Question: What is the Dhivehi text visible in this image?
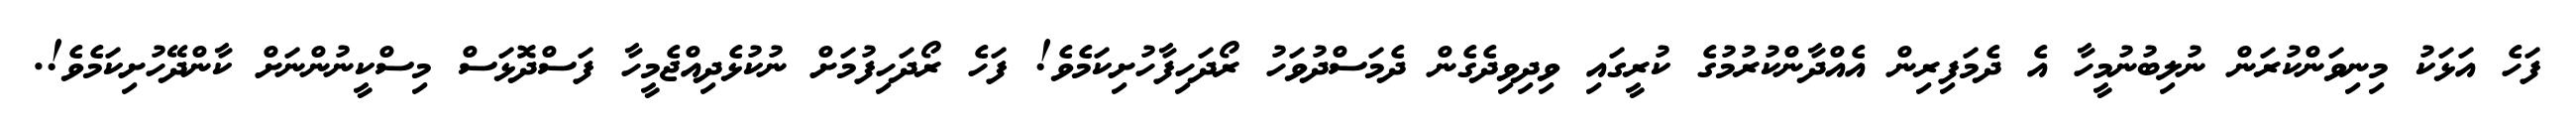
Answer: ފަހެ އަޅަކު މިނިވަންކުރަން ނުލިބުނުމީހާ އެ ދެމަފިރިން އެއްދާންކުރުމުގެ ކުރީގައި ވިދިވިދެގެން ދެމަސްދުވަހު ރޯދަހިފާހުށިކަމެވެ! ފަހެ ރޯދަހިފުމަށް ނުކުޅެދިއްޖެމީހާ ފަސްދޮޅަސް މިސްކީނުންނަށް ކާންދޭހުށިކަމެވެ!.